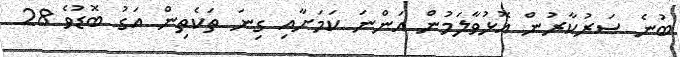
ބުނެ ސަރުކާރުން އޮޅުވާލަމުން އަންނަ ކަމަށާއި ގިނަ ތަކެތިން އަގު ބޮޑުވެ 28